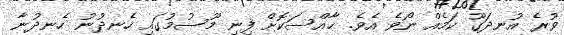
ވުރެ އުނދަގޫ ކަމެއް ނޯވެ އެވެ. ޚާއްސަކޮށް ފިނި މޫސުމުގައި ހެނދުނު ހެނދުނާ